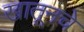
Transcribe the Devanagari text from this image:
खातूनचे